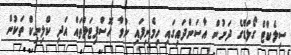
ސިލެކްޓް ގޯލްޑްގެ ދަށުން އާސަންދައިގައި ހިމެނިފައި ނުވާ ހޮސްޕިޓަލްތައް އަދި ކްލިނިކް ތަކުން